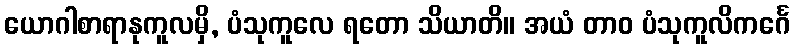
ယောဂါစာရာနုကူလမှိ, ပံသုကူလေ ရတော သိယာတိ။ အယံ တာဝ ပံသုကူလိကင်္ဂေ